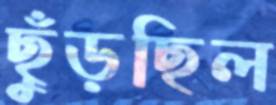
ছুঁড়ছিল